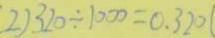
2 ) 3 2 0 \div 1 0 0 0 = 0 . 3 2 0